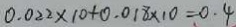
0 . 0 2 2 \times 1 0 + 0 . 0 1 8 \times 1 0 = 0 . 4